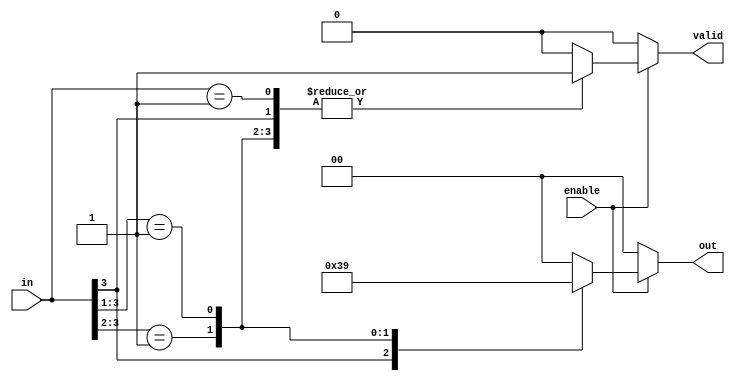
module multilevel_encoder (
    input wire [3:0] in,     // 4 input lines
    input wire enable,        // Enable signal
    output reg [1:0] out,     // 2 output lines (for 4 inputs)
    output reg valid          // Valid output signal
);

    always @(*) begin
        if (!enable) begin
            out = 2'b00;      // Set output to known state when not enabled
            valid = 1'b0;     // Invalid state
        end else begin
            casez (in)        // Use casez to handle don't care conditions
                4'b1??? : begin
                    out = 2'b11; // Input 3 is active
                    valid = 1'b1;
                end
                4'b01?? : begin
                    out = 2'b10; // Input 2 is active
                    valid = 1'b1;
                end
                4'b001? : begin
                    out = 2'b01; // Input 1 is active
                    valid = 1'b1;
                end
                4'b0001 : begin
                    out = 2'b00; // Input 0 is active
                    valid = 1'b1;
                end
                default: begin
                    out = 2'b00; // No active inputs
                    valid = 1'b0; // Invalid state
                end
            endcase
        end
    end

endmodule